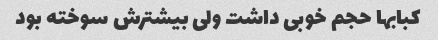
کبابها حجم خوبی داشت ولی بیشترش سوخته بود